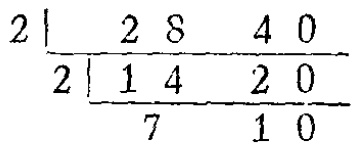
\[

\begin{array}{l|ll}

2 & 28 & 40 \\

\hline

2 & 14 & 20 \\

\hline

 & 7 & 10

\end{array}

\]